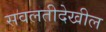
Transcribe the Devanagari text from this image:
सवलतीदेखील